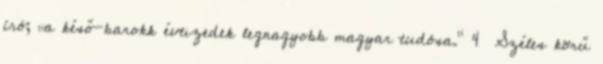
író; „a késő-barokk évtizedek legnagyobb magyar tudósa.” 4 Széles körű